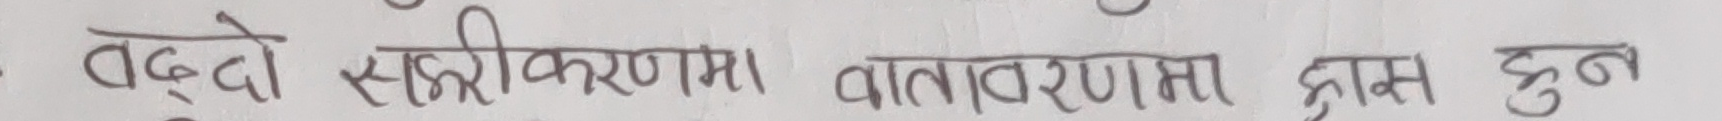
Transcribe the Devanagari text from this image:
बढ्दो सहरीकरणमा वातावरण ह्रास हुन